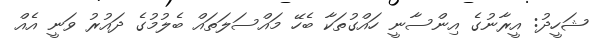
ޝަހީދު: އީރާނުގެ އިންސާނީ ހައްގުތަކާ ބެހޭ މައްސަލަތައް ބެލުމުގެ ދައުރު ވަނީ އެއް